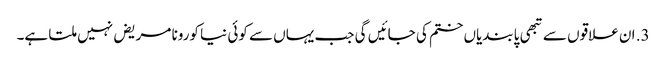
3. ان علاقوں سے تبھی پابندیاں ختم کی جائیں گی جب یہاں سے کوئی نیا کورونا مریض نہیں ملتا ہے۔